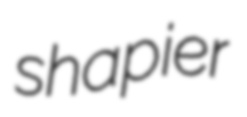
shapier